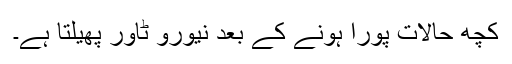
کچھ حالات پورا ہونے کے بعد نیورو ٹاور پھیلتا ہے۔